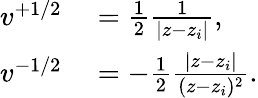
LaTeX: \begin{array}{rl}{v^{+1/2}}&{{}=\frac{1}{2}\frac{1}{|z-z_{i}|},}\\ {v^{-1/2}}&{{}=-\frac{1}{2}\frac{|z-z_{i}|}{(z-z_{i})^{2}}.}\end{array}